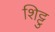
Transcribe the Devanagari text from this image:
शिट्टु